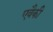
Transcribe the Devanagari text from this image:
एवैकी